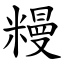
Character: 䊡